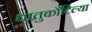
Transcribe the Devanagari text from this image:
धातुकौटिल्या